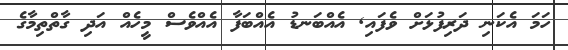
ހަމަ އެކަނި ދަރިފުޅަށް ވެފައި